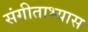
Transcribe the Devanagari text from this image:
संगीताभ्यास